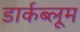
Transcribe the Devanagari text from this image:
डार्कब्लूम